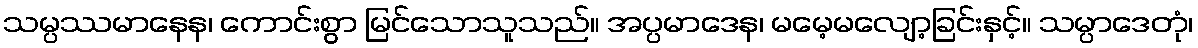
သမ္ပဿမာနေန၊ ကောင်းစွာ မြင်သောသူသည်။ အပ္ပမာဒေန၊ မမေ့မလျော့ခြင်းနှင့်။ သမ္ပာဒေတုံ၊